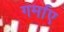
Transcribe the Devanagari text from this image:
गर्माए